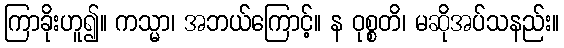
ကြာခိုးဟူ၍။ ကသ္မာ၊ အဘယ်ကြောင့်။ န ဝုစ္စတိ၊ မဆိုအပ်သနည်း။